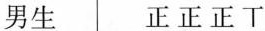
男生 正正正丅